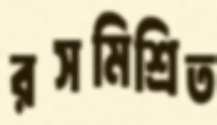
রসমিশ্রিত